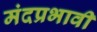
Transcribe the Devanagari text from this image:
मंदप्रभावी